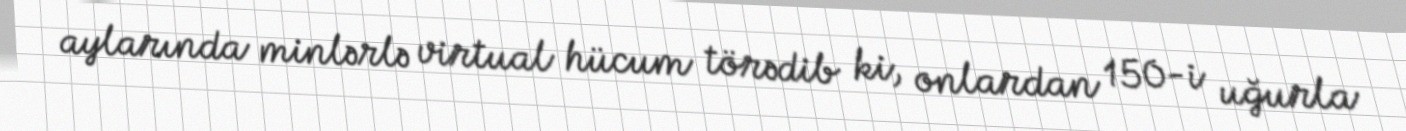
aylarında minlərlə virtual hücum törədib ki, onlardan 150-i uğurla